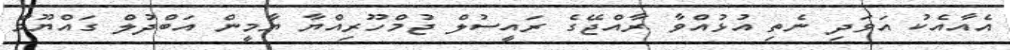
އެއާއެކު އަވަދި ނެތި އުޅުއްވާ ރާއްޖޭގެ ރައީސުލް ޖުމްހޫރިއްޔާ ޔާމީން އަބްދުލް ގައްޔޫމް